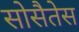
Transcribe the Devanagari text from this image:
सोसैतेस